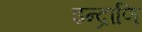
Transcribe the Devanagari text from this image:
इन्द्राणि